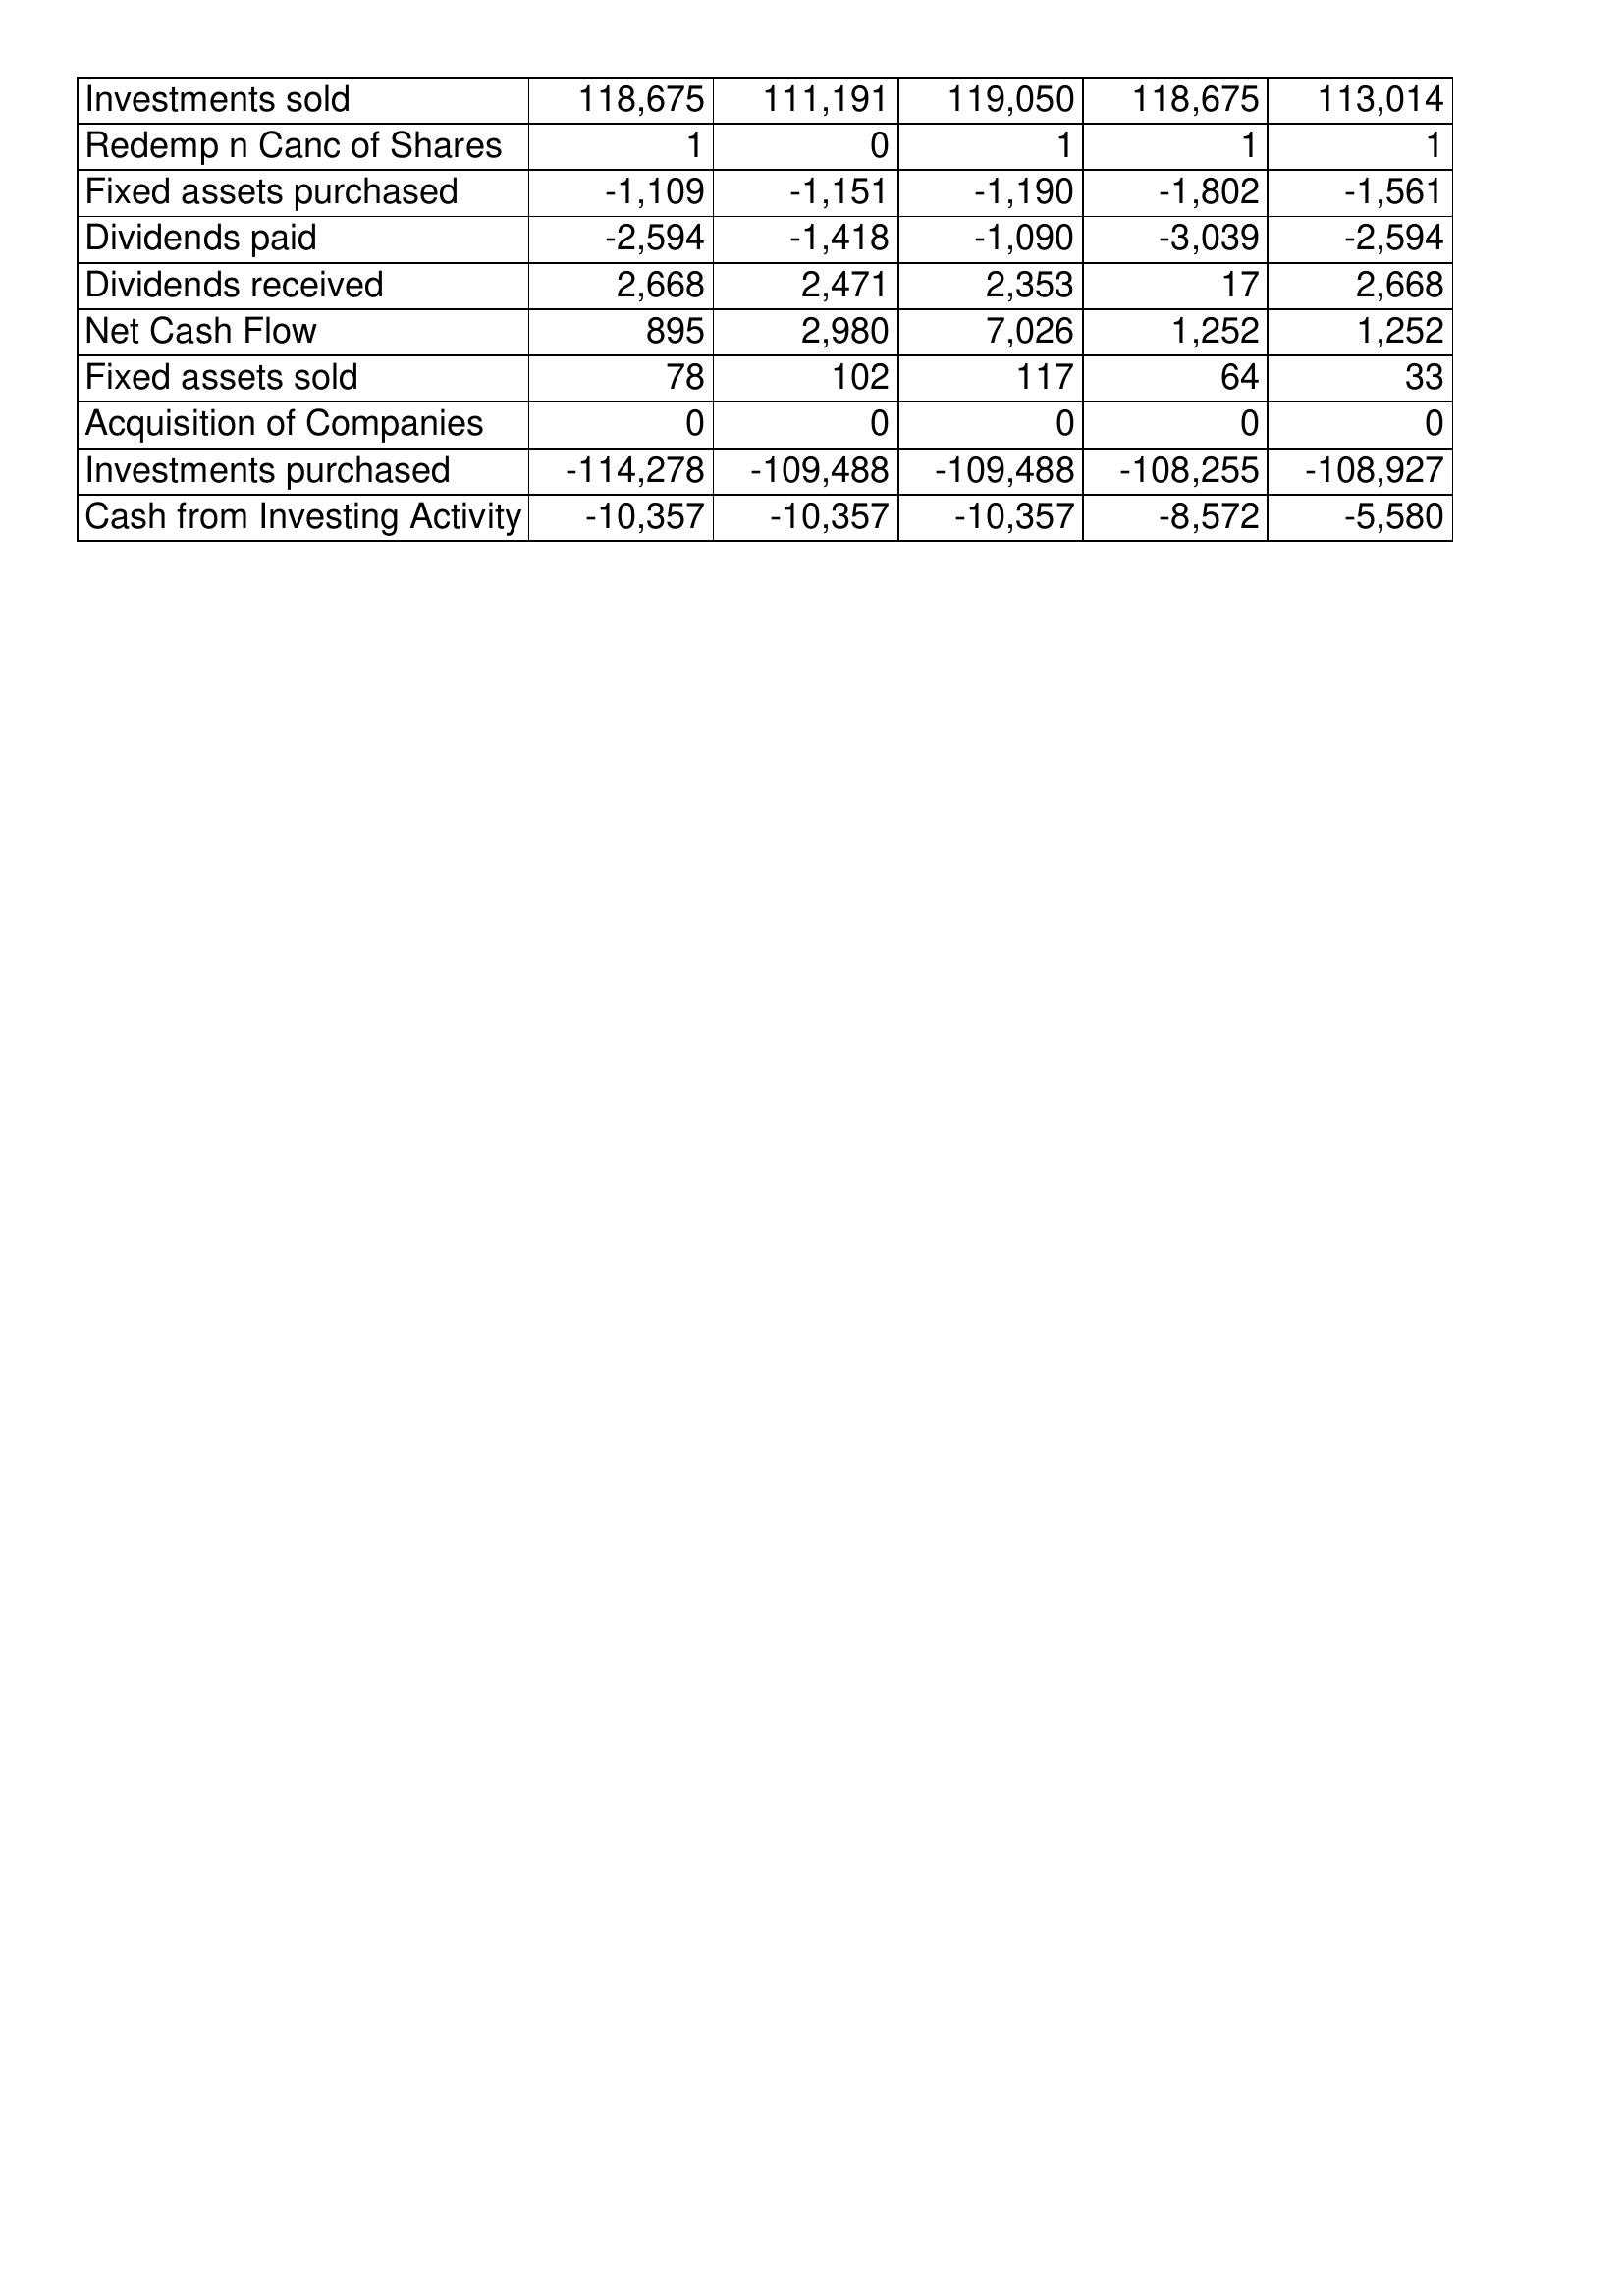
Apr-96: Cash Flows: Investments sold: 118,675
Redemp n Canc of Shares: 1
Fixed assets purchased: -1,109
Dividends paid: -2,594
Dividends received: 2,668
Net Cash Flow: 895
Fixed assets sold: 78
Acquisition of Companies: 0
Investments purchased: -114,278
Cash from Investing Activity: -10,357
Apr-95: Cash Flows: Investments sold: 111,191
Redemp n Canc of Shares: 0
Fixed assets purchased: -1,151
Dividends paid: -1,418
Dividends received: 2,471
Net Cash Flow: 2,980
Fixed assets sold: 102
Acquisition of Companies: 0
Investments purchased: -109,488
Cash from Investing Activity: -10,357
Apr-94: Cash Flows: Investments sold: 119,050
Redemp n Canc of Shares: 1
Fixed assets purchased: -1,190
Dividends paid: -1,090
Dividends received: 2,353
Net Cash Flow: 7,026
Fixed assets sold: 117
Acquisition of Companies: 0
Investments purchased: -109,488
Cash from Investing Activity: -10,357
Apr-93: Cash Flows: Investments sold: 118,675
Redemp n Canc of Shares: 1
Fixed assets purchased: -1,802
Dividends paid: -3,039
Dividends received: 17
Net Cash Flow: 1,252
Fixed assets sold: 64
Acquisition of Companies: 0
Investments purchased: -108,255
Cash from Investing Activity: -8,572
Apr-92: Cash Flows: Investments sold: 113,014
Redemp n Canc of Shares: 1
Fixed assets purchased: -1,561
Dividends paid: -2,594
Dividends received: 2,668
Net Cash Flow: 1,252
Fixed assets sold: 33
Acquisition of Companies: 0
Investments purchased: -108,927
Cash from Investing Activity: -5,580